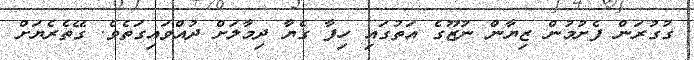
ގުގުރަން ފެށުމުން ޒިޔާން ނުޒޫގެ އަތުގައި ހިފާ ގެޔާ ދިމާލަށް ދުއްވައިގަތެވެ. ގޭތެރެޔަށް